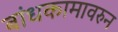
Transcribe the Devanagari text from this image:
बांधकामावरुन